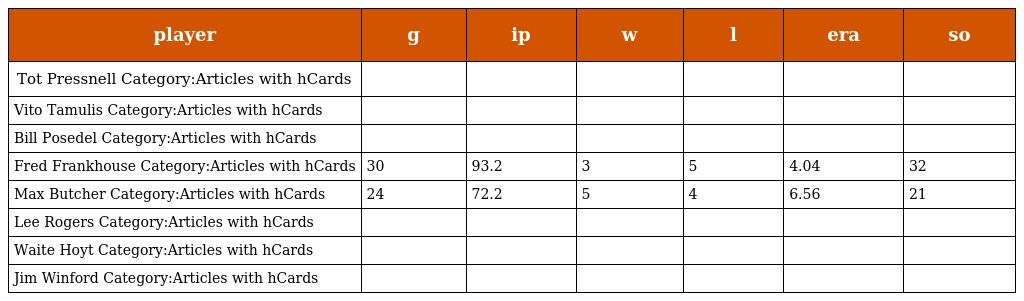
| player | g | ip | w | l | era | so |
 | --- | --- | --- | --- | --- | --- | --- |
 | Tot Pressnell Category:Articles with hCards |  |  |  |  |  |  |
 | Vito Tamulis Category:Articles with hCards |  |  |  |  |  |  |
 | Bill Posedel Category:Articles with hCards |  |  |  |  |  |  |
 | Fred Frankhouse Category:Articles with hCards | 30 | 93.2 | 3 | 5 | 4.04 | 32 |
 | Max Butcher Category:Articles with hCards | 24 | 72.2 | 5 | 4 | 6.56 | 21 |
 | Lee Rogers Category:Articles with hCards |  |  |  |  |  |  |
 | Waite Hoyt Category:Articles with hCards |  |  |  |  |  |  |
 | Jim Winford Category:Articles with hCards |  |  |  |  |  |  |